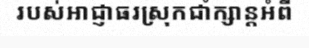
របស់អាជ្ញាធរស្រុកជាំក្សាន្តអំពី